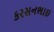
કરસનભાઇ